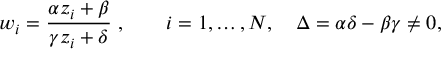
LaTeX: w _ { i } = { \frac { \alpha z _ { i } + \beta } { \gamma z _ { i } + \delta } } \; , \qquad i = 1 , \dots , N , \quad \Delta = \alpha \delta - \beta \gamma \ne 0 ,